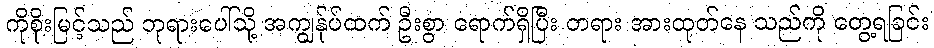
ကိုစိုးမြင့်သည် ဘုရားပေါ်သို့ အကျွန်ုပ်ထက် ဦးစွာ ရောက်ရှိပြီး တရား အားထုတ်နေ သည်ကို တွေ့ရခြင်း